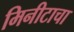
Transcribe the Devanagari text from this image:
मिनीटाचा